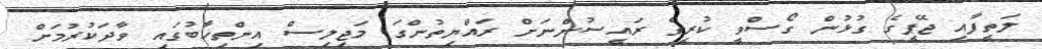
ލަތީފާއި ޖޭޕީގެ ގުޅުން ގޯސްވީ ކުރީގެ ރައީސުންނަށް ރައްޔިތުންގަ މަޖިލިސް އިންތިޚާބުގައި ވާދަކުރުމަށް